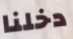
دخلنا